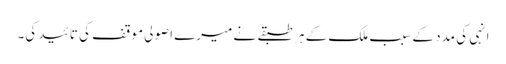
انہی کی مدد کے سبب ملک کے ہر طبقے نے میرے اصولی موقف کی تائید کی۔